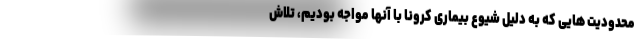
محدودیت هایی که به دلیل شیوع بیماری کرونا با آنها مواجه بودیم، تلاش